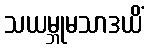
သယမ္ဘုမသာဒယိံ